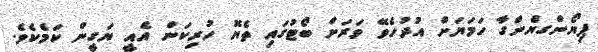
ޕިޔޯންގޔެންގާ ހަމަޔަށް އުދުހެވޭ ވަރަށް ބޯޓުގައި ތެޔޮ ހުރިކަން އެއީ ޔަގީން ކަމެކެވެ.